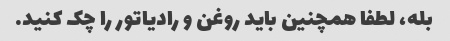
بله، لطفا همچنین باید روغن و رادیاتور را چک کنید.